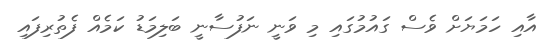
އާއި ހަމަޔަށް ވެސް ގައުމުގައި މި ވަނީ ނަފުސާނީ ބަލިމަޑު ކަމެއް ފެތުރިފައި